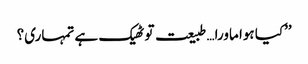
’’کیا ہوا ماورا…طبیعت تو ٹھیک ہے تمہاری؟